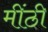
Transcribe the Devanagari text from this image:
मींठी